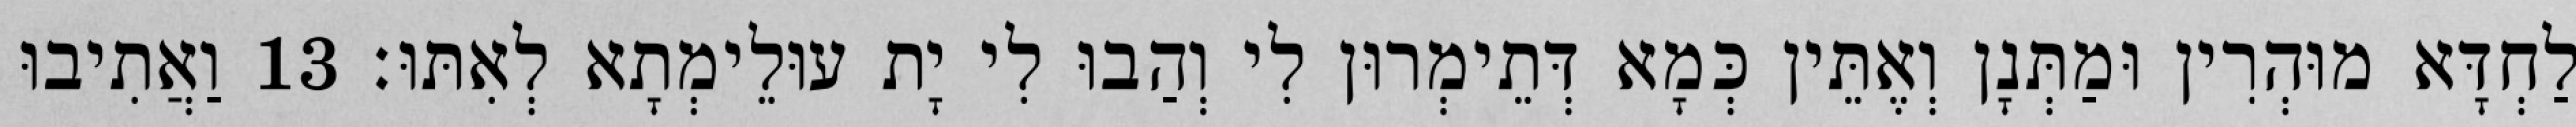
לַחְדָּא מוּהְרִין וּמַתְּנָן וְאֶתֵּין כְּמָא דְּתֵימְרוּן לִי וְהַבוּ לִי יָת עוּלֵימְתָא לְאִתּוּ׃ 13 וַאֲתִיבוּ